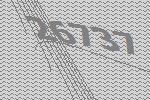
26737